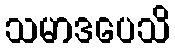
သမာဒပေသိ